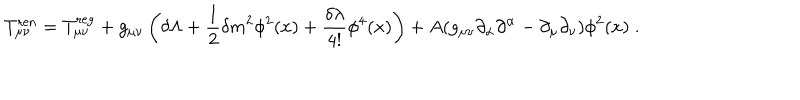
T _ { \mu \nu } ^ { \mathrm { r e n } } = T _ { \mu \nu } ^ { \mathrm { r e g } } + g _ { \mu \nu } \left( \delta \Lambda + \frac { 1 } { 2 } \delta m ^ { 2 } \phi ^ { 2 } ( x ) + \frac { \delta \lambda } { 4 ! } \phi ^ { 4 } ( x ) \right) + A ( g _ { \mu \nu } \partial _ { \alpha } \partial ^ { \alpha } - \partial _ { \mu } \partial _ { \nu } ) \phi ^ { 2 } ( x ) \; .